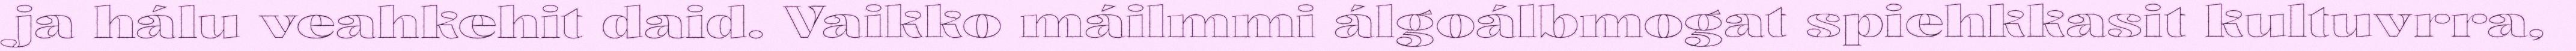
ja hálu veahkehit daid. Vaikko máilmmi álgoálbmogat spiehkkasit kultuvrra,